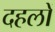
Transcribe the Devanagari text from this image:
दहलों